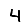
Digit: 4